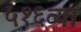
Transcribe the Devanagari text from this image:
५१६व्या